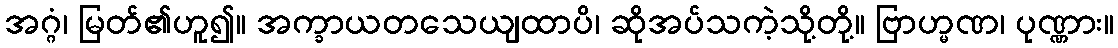
အဂ္ဂံ၊ မြတ်၏ဟူ၍။ အက္ခာယတသေယျထာပိ၊ ဆိုအပ်သကဲ့သို့တို့။ ဗြာဟ္မဏ၊ ပုဏ္ဏား။